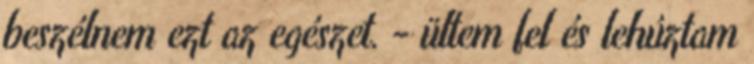
beszélnem ezt az egészet. - ültem fel és lehúztam